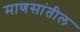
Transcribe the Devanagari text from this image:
माणसांतील